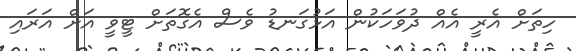
ހިތަށް އެރީ އެއް ދުވަހަކުން އަޅުގަނޑު ވެސް އެގޮތަށް ޓީވީ އަށް އަރައި